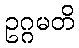
ဥဂ္ဂမတိ